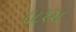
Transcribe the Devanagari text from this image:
८८१२८